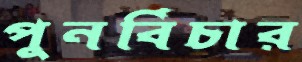
পুনর্বিচার